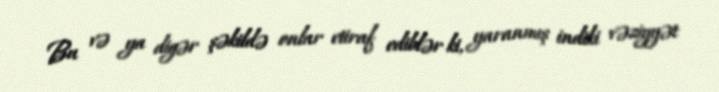
Bu və ya digər şəkildə onlar etiraf ediblər ki, yaranmış indiki vəziyyət